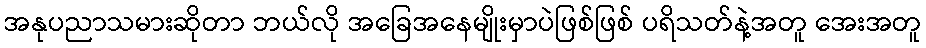
အနုပညာသမားဆိုတာ ဘယ်လို အခြေအနေမျိုးမှာပဲဖြစ်ဖြစ် ပရိသတ်နဲ့အတူ အေးအတူ